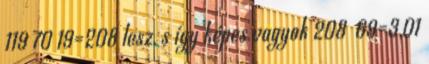
119 70 19=208 lesz, s így képes vagyok 208 69=3,01